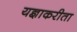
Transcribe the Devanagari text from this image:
यज्ञाकरीता